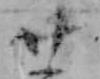
廿